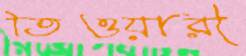
তিওয়ারী